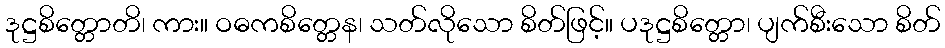
ဒုဋ္ဌစိတ္တောတိ၊ ကား။ ဝဓကစိတ္တေန၊ သတ်လိုသော စိတ်ဖြင့်။ ပဒုဋ္ဌစိတ္တော၊ ပျက်စီးသော စိတ်